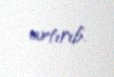
artırıb.